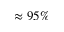
\approx 9 5 \%